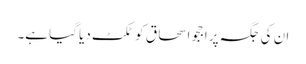
ان کی جگہ پر اججو اسحاق کو ٹکٹ دیا گیا ہے۔